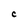
Character: C